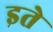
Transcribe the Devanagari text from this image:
इते